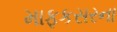
માફકસરના